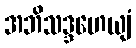
အဘိသဒ္ဒဟေယျံ